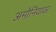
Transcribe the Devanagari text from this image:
अमोनियावर